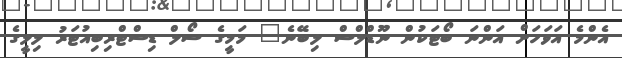
އެންމެ އަވަހަށް އަންނަ ބޯޓަކުން ނޫޑްލްސް ލިބޭނެ" މަމީގެ ސޯލް ޑިސްޓްރިބިއުޓަރު ލިލީގެ